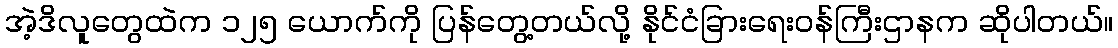
အဲ့ဒိလူတွေထဲက ၁၂၅ ယောက်ကို ပြန်တွေ့တယ်လို့ နိုင်ငံခြားရေးဝန်ကြီးဌာနက ဆိုပါတယ်။